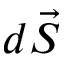
d \vec { S }